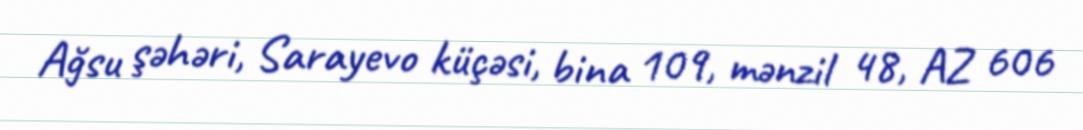
Ağsu şəhəri, Sarayevo küçəsi, bina 109, mənzil 48, AZ 606